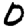
Digit: 0